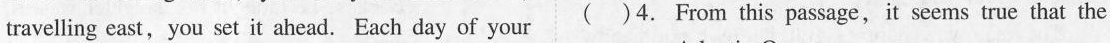
travelling east, you set it ahead. Each day of your